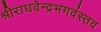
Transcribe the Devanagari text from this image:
श्रीराघवेन्द्रभगवंस्तव